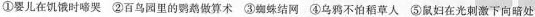
①婴儿在饥饿时啼哭 ②百鸟园里的鹦鹉做算术 ③蜘蛛结网 ④乌鸦不怕稻草人 ⑤鼠妇在光刺激下向暗处